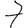
Digit: 7